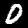
Digit: 0